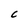
Character: C